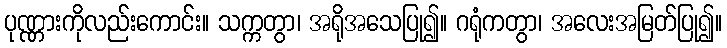
ပုဏ္ဏားကိုလည်းကောင်း။ သက္ကတွာ၊ အရိုအသေပြု၍။ ဂရုံကတွာ၊ အလေးအမြတ်ပြု၍။